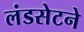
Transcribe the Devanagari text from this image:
लंडसेटने